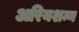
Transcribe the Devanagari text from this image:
अरियशम्न